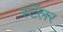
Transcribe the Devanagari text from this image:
स्टॅलर